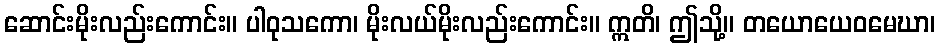
ဆောင်းမိုးလည်းကောင်း။ ပါဝုသကော၊ မိုးလယ်မိုးလည်းကောင်း။ ဣတိ၊ ဤသို့။ တယောယေဝမေဃာ၊